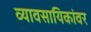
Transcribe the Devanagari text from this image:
व्यावसायिकांवर